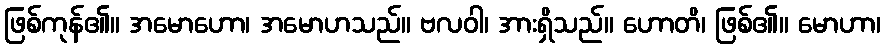
ဖြစ်ကုန်၏။ အမောဟော၊ အမောဟသည်။ ဗလဝါ၊ အားရှိသည်။ ဟောတိ၊ ဖြစ်၏။ မောဟာ၊